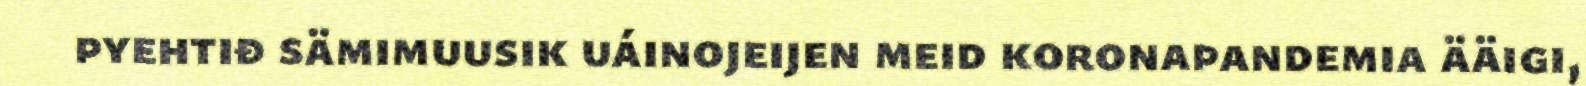
pyehtiđ sämimuusik uáinojeijen meid koronapandemia ääigi,